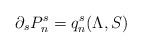
LaTeX: \begin{align*}\partial_sP_n^s=q_n^s(\Lambda,S)\end{align*}